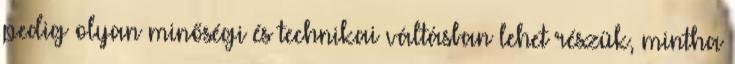
pedig olyan minőségi és technikai váltásban lehet részük, mintha